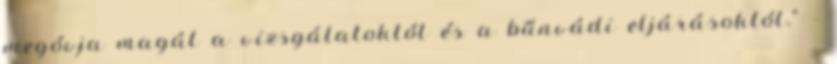
megóvja magát a vizsgálatoktól és a bűnvádi eljárásoktól.” –